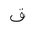
Letter: _qaf